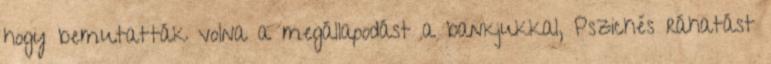
hogy bemutatták volna a megállapodást a bankjukkal, Pszichés ráhatást